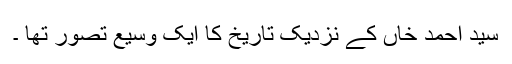
سید احمد خاں کے نزدیک تاریخ کا ایک وسیع تصور تھا ۔